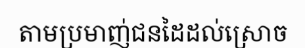
តាមប្រមាញ់ជនដៃដល់ស្រោច